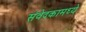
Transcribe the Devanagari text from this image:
संवेदकामध्ये